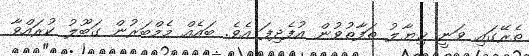
ތެރޭގައި ވަނީ ޚިޔާލު ތަފާތުވުން އުފެދިފަ އެވެ. ބައެއް މެމްބަރުން ގަބޫލު ކުރައްވާ